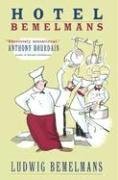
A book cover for Hotel Bemelmans; Ludwig Bemelmans; Humor & Entertainment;